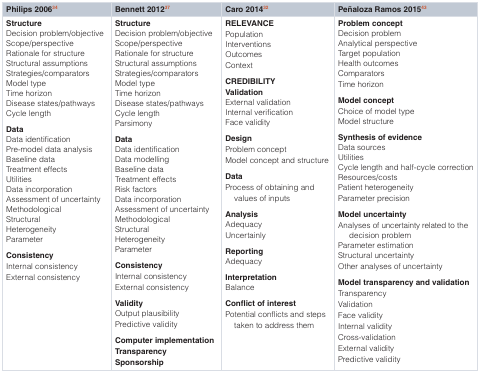
<table><thead><tr><td><b>Philips 2006<sup>34</sup></b></td><td><b>Bennett 2012<sup>37</sup></b></td><td><b>Caro 2014<sup>32</sup></b></td><td><b>Peñaloza Ramos 2015<sup>43</sup></b></td></tr></thead><tbody><tr><td><b>Structure</b>Decision problem/objectiveScope/perspectiveRationale for structureStructural assumptionsStrategies/comparatorsModel typeTime horizonDisease states/pathwaysCycle length<b>Data</b>Data identificationPre-model data analysisBaseline dataTreatment effectsUtilitiesData incorporationAssessment of uncertaintyMethodologicalStructuralHeterogeneityParameter<b>Consistency</b>Internal consistencyExternal consistency</td><td><b>Structure</b>Decision problem/objectiveScope/perspectiveRationale for structureStructural assumptionsStrategies/comparatorsModel typeTime horizonDisease states/pathwaysCycle lengthParsimony<b>Data</b>Data identificationData modellingBaseline dataTreatment effectsRisk factorsData incorporationAssessment of uncertaintyMethodologicalStructuralHeterogeneityParameter<b>Consistency</b>Internal consistencyExternal consistency<b>Validity</b>Output plausibilityPredictive validity<b>Computer implementation</b><b>Transparency</b><b>Sponsorship</b></td><td><b>RELEVANCE</b>PopulationInterventionsOutcomesContext<b>CREDIBILITY</b><b>Validation</b>External validationInternal verificationFace validity<b>Design</b>Problem conceptModel concept and structure<b>Data</b>Process of obtaining andvalues of inputs<b>Analysis</b>AdequacyUncertainly<b>Reporting</b>Adequacy<b>Interpretation</b>Balance<b>Conflict of interest</b>Potential conflicts and stepstaken to address them</td><td><b>Problem concept</b>Decision problemAnalytical perspectiveTarget populationHealth outcomesComparatorsTime horizon<b>Model concept</b>Choice of model typeModel structure<b>Synthesis of evidence</b>Data sourcesUtilitiesCycle length and half-cycle correctionResources/costsPatient heterogeneityParameter precision<b>Model uncertainty</b>Analyses of uncertainty related to thedecision problemParameter estimationStructural uncertaintyOther analyses of uncertainty<b>Model transparency and validation</b>TransparencyValidationFace validityInternal validityCross-validationExternal validityPredictive validity</td></tr></tbody></table>